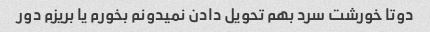
دوتا خورشت سرد بهم تحویل دادن نمیدونم بخورم یا بریزم دور